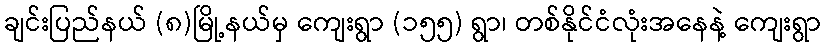
ချင်းပြည်နယ် (၈)မြို့နယ်မှ ကျေးရွာ (၁၅၅) ရွာ၊ တစ်နိုင်ငံလုံးအနေနဲ့ ကျေးရွာ